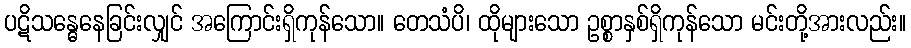
ပဋိသန္ဓေနေခြင်းလျှင် အကြောင်းရှိကုန်သော။ တေသံပိ၊ ထိုများသော ဥစ္စာနှစ်ရှိကုန်သော မင်းတို့အားလည်း။